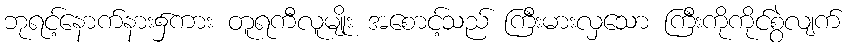
ဘုရင့်နောက်နား၌ကား တူရကီလူမျိုး အစောင့်သည် ကြီးမားလှသော ကြီးကိုကိုင်စွဲလျက်